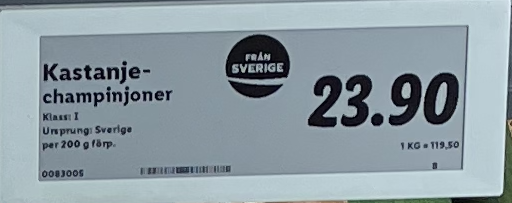
Vara: Kastanje championjoner
Genomsnittspris: 119.5 per kg